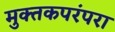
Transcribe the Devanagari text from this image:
मुक्तकपरंपरा